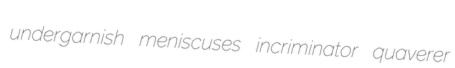
undergarnish meniscuses incriminator quaverer